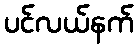
ပင်လယ်နက်